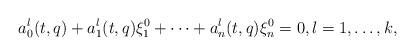
LaTeX: \begin{align*}a_0^l(t,q)+a_1^l(t,q)\xi^0_1+\dots+a_n^l(t,q)\xi^0_n=0, l=1,\dots,k,\end{align*}